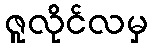
ဇူလိုင်လမှ